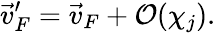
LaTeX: \vec{v}_{F}^{\prime}=\vec{v}_{F}+\mathcal{O}(\chi_{j}).